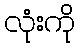
လုံးကို